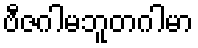
ဗီဇဂါမဘူတဂါမာ